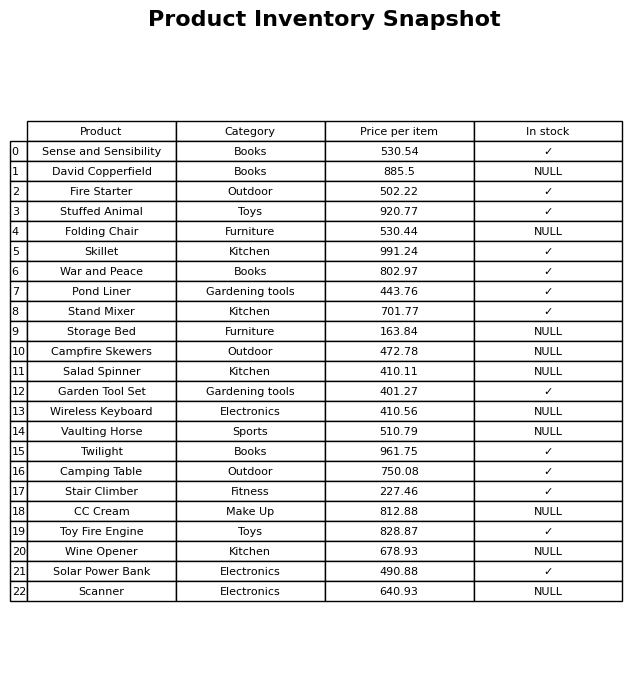
question: What is the price of the War and Peace?
answer: The price of War and Peace is 802.97.